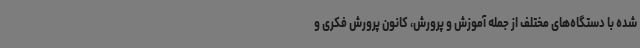
شده با دستگاه‌های مختلف از جمله آموزش و پرورش، کانون پرورش فکری و